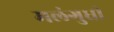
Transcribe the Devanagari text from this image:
मलंगुधी